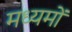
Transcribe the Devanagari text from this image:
मध्यमों